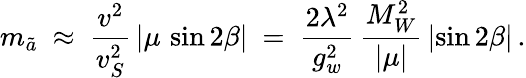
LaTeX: m_{\tilde{a}}\ \approx\ \frac{v^{2}}{v_{S}^{2}}\, |\mu\, \sin 2\beta|\ =\ \frac{2\lambda^{2}}{g_{w}^{2}}\, \frac{M_{W}^{2}}{|\mu|}\, |\! \sin 2\beta|\, .